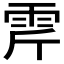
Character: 𩂋